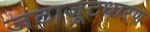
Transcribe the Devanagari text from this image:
जटाजूटधारण